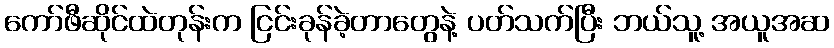
ကော်ဖီဆိုင်ထဲတုန်းက ငြင်းခုန်ခဲ့တာတွေနဲ့ ပတ်သက်ပြီး ဘယ်သူ့ အယူအဆ